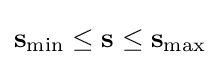
\mathbf {s} _{\min }\leq \mathbf {s} \leq \mathbf {s} _{\max }